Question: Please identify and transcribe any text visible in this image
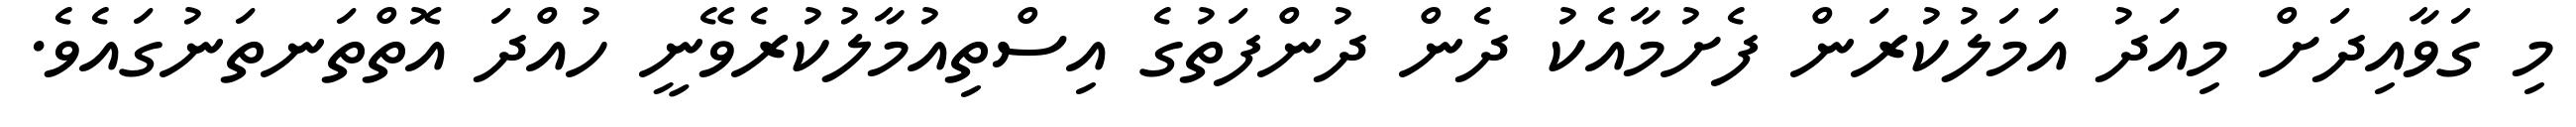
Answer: މި ގަވާއިދަށް މިއަދު އަމަލުކުރަން ފެށުމާއެކު ދެން ދުންފަތުގެ އިސްތިއުމާލުކުރެވޭނީ ހުއްދަ އޮތްތަނތަނުގައެވެ.